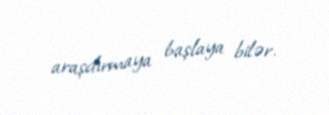
araşdırmaya başlaya bilər.